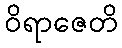
ဝိရာဇေတိ